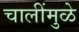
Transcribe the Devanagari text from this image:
चालींमुळे